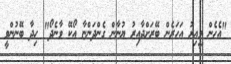
"އެހެން ވީއިރު އަހަރެން ބޭރަށްދާއިރު ޔުނާން ގެންދަންޏާ އޯކޭ ވާނެދޯ" ހިދާ ބޭނުންވީ